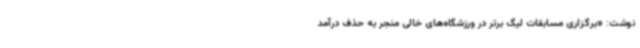
نوشت: «برگزاری مسابقات لیگ برتر در ورزشگاه‌های خالی منجر به حذف درآمد